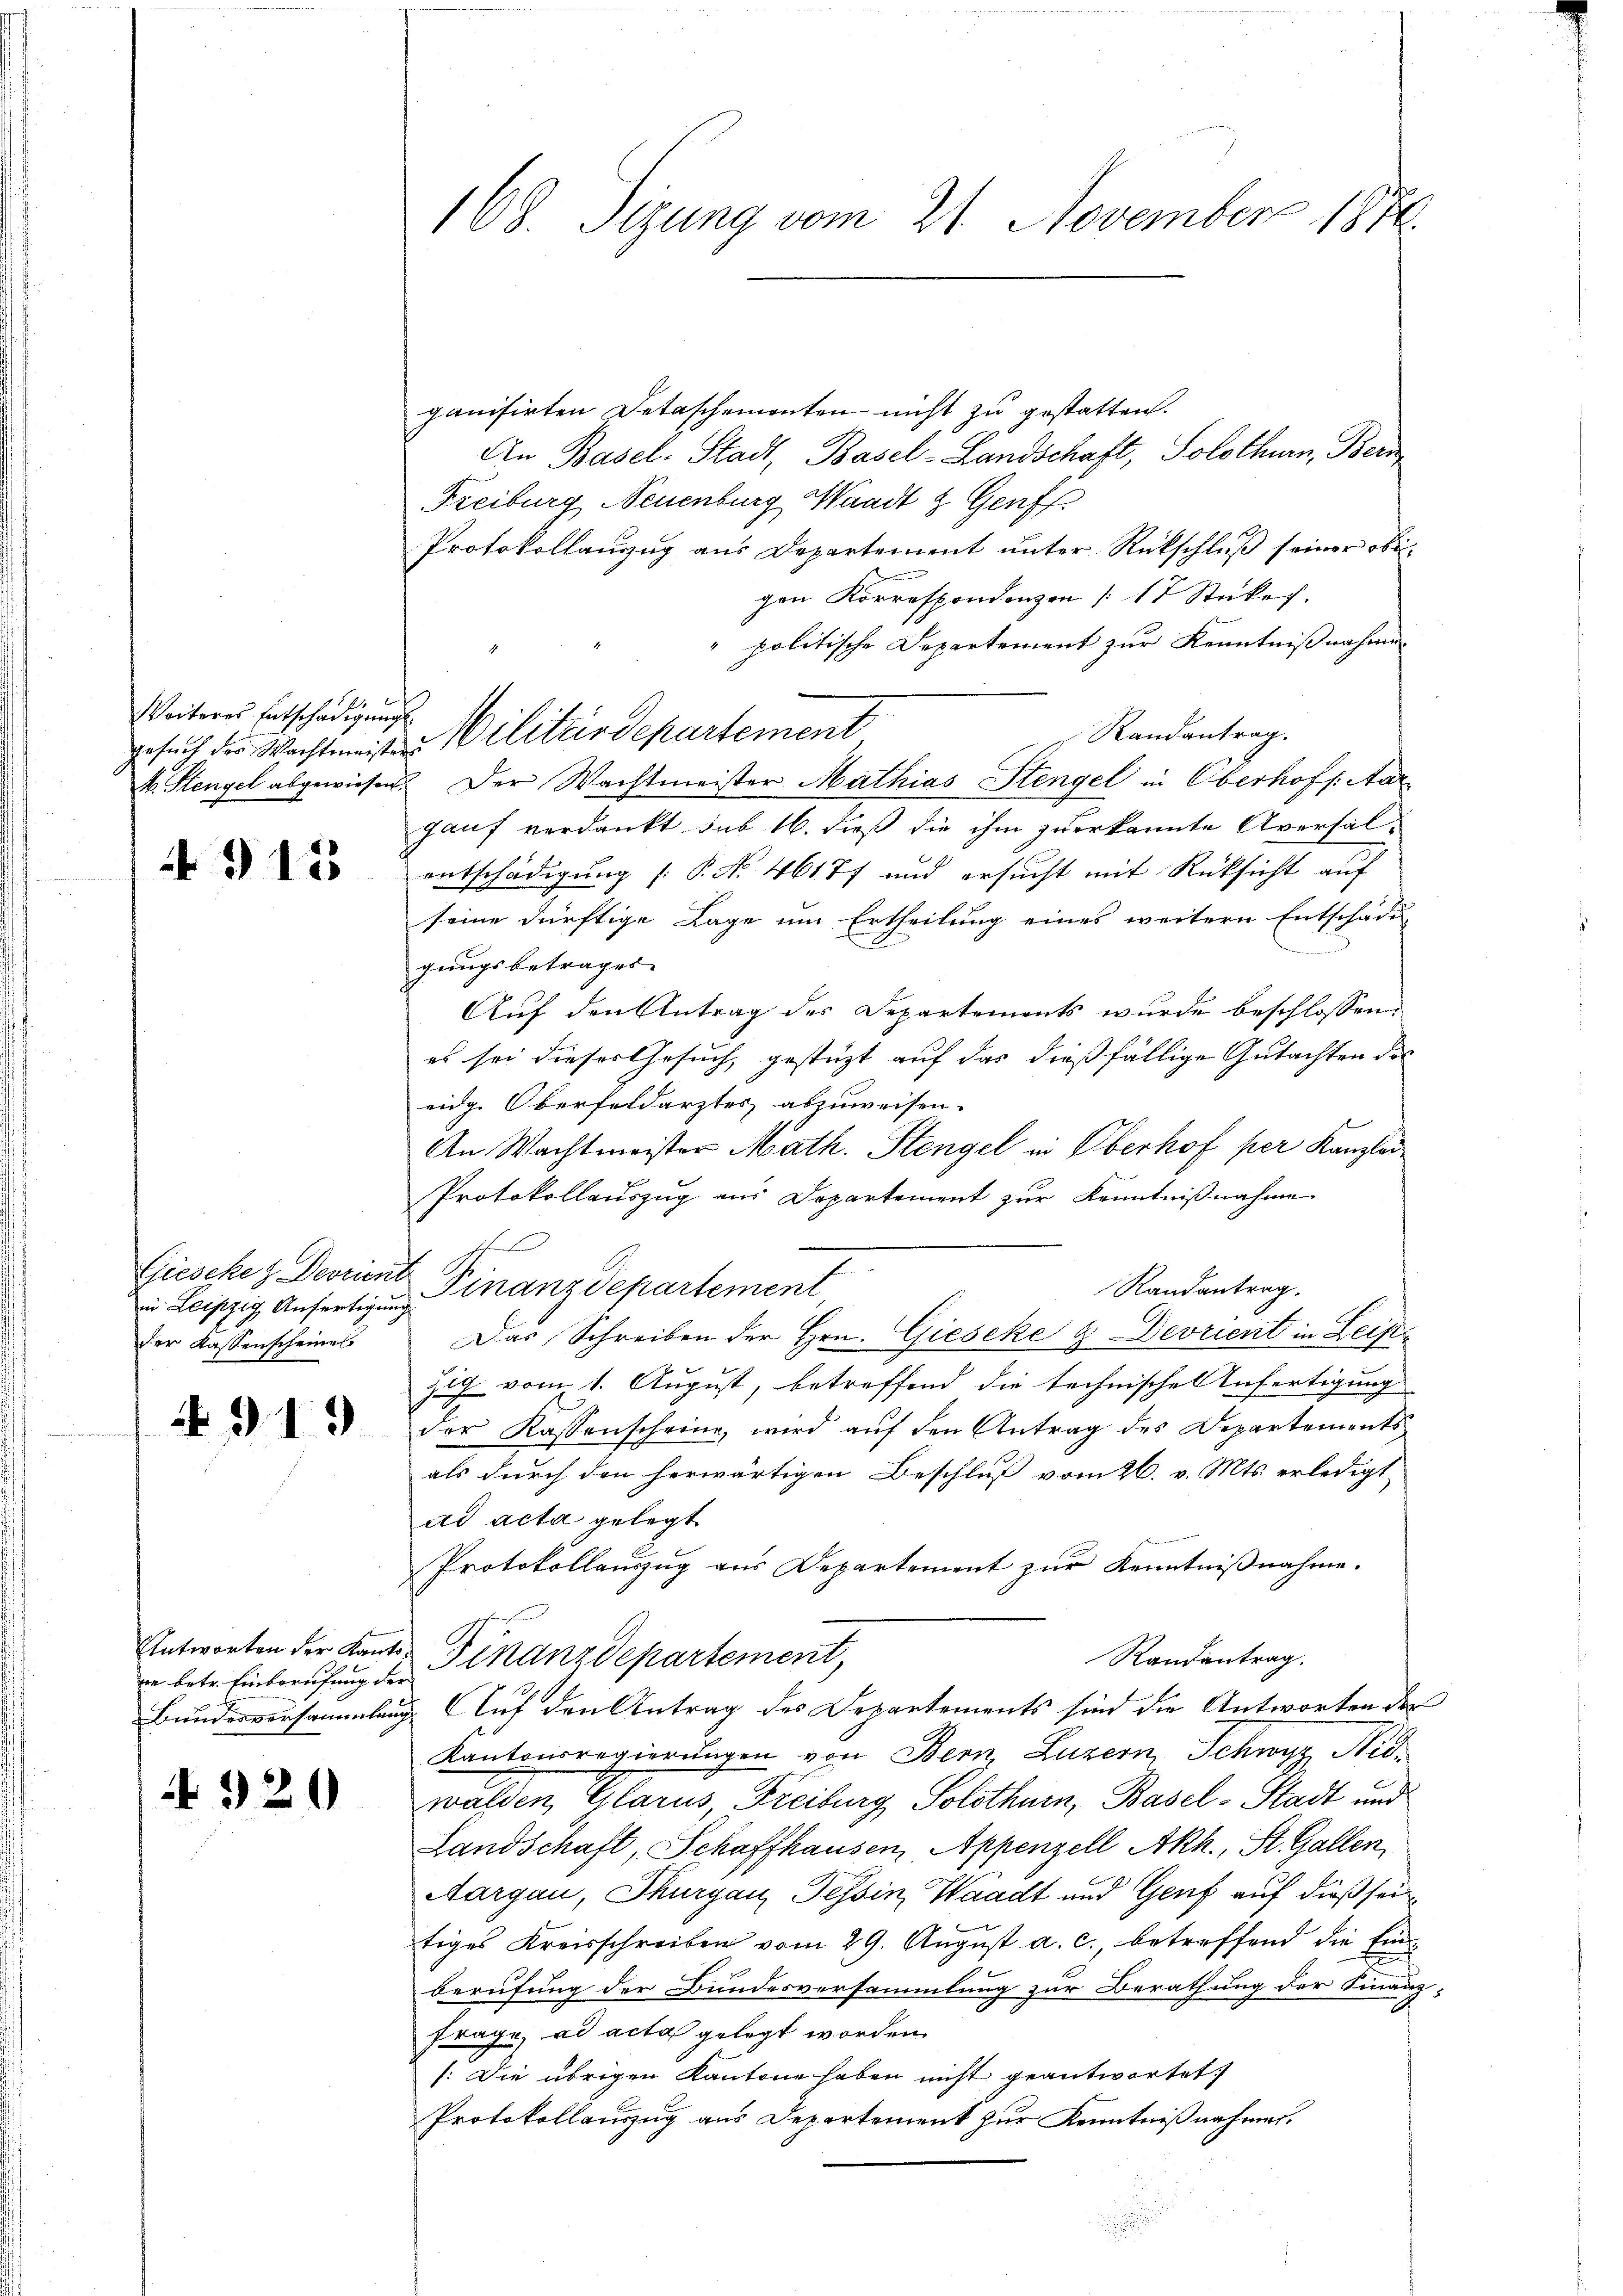
Weiteres Entschädigungs-

915

in Leipzig Anfertigung
der Kassenscheines

919

ve betr. Einberufung der
N 520

168. Sizung vom 21. November 1870.

ganisirten Detaschemonten nicht zu gestatten.
An Basel-Stadt, Basel-Landschaft, Solothurn, Bern
Freiburg, Neuenburg, Waadt & Genf
Protokollanzug aus Departement unter Rückschluß seiner obigen Korrespondenzen 17 Stückes.
" politische Departement zur Kenntnißnahme
Randantrag.
M. Hengel abgewiesen. Der Wachtmeister Mathias Stengel in Oberhofs. Aar
gauf verdankt sub 16. dieß die ihm zuerkannte Aversal-
entschädigung (: P. No. 46177 und ersucht mit Rücksicht auf
seine dürftige Lage um Ertheilung eines weitern Entschädi-
gungsbetrages
Auf den Antrag der Departements wurde beschlossen:
es sei dieses Gesuch, gestützt auf das dießfällige Gutachten des
eidg. Oberfeldarztes abzuweisen.
An Wachtmeister Math. Stengel in Oberhof per Kanzlei
Protokollauszug aus Departement zur Kenntnißnahme
ffte
Giesckez Deorient Finanzdepartement
Randantrag.
Das Schreiben der Hrn. Gieseke & Devrient in Leis
zig vom 1. August, betreffend die technischen Anfertigung
der Kassenschring, wird auf den Antrag des Departements
als durch den herwärtigen Beschluß vom 26. v. Mts. erledigt
ad acta gelegt
Protokollauszug aus Departement zur Kenntnißnahme.
Antworten der Kant. Finanzdepartement,
Randantrag.
Bundesversammlung Auf den Antrag des Departements sind die Antworten der
Kantonsregierungen von Bern, Luzern, Schwyz Nidwalden, Glarus, Freiburg Solothurn, Basel-Stadt und
Landschaft, Schaffhausen, Appenzell Akh., St. Gallen,
Aargau, Thurgau, Tessin, Waadt und Genf auf dieß seitiges Kreisschreiben vom 29. August a. c., betreffend die Einberufung der Bundesversammlung zur Berathung der Finanz-
frage, ad acta gelegt worden.
: Die übrigen Kantone haben nicht geantwortet:
Protokollauszug aus Departement zur Kenntnißnahme.

Ersuch der Wachtmeisten Militärdepartement